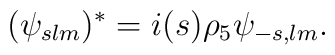
(\psi_{slm})^* = i (s) \rho_5 \psi_{-s,lm}.